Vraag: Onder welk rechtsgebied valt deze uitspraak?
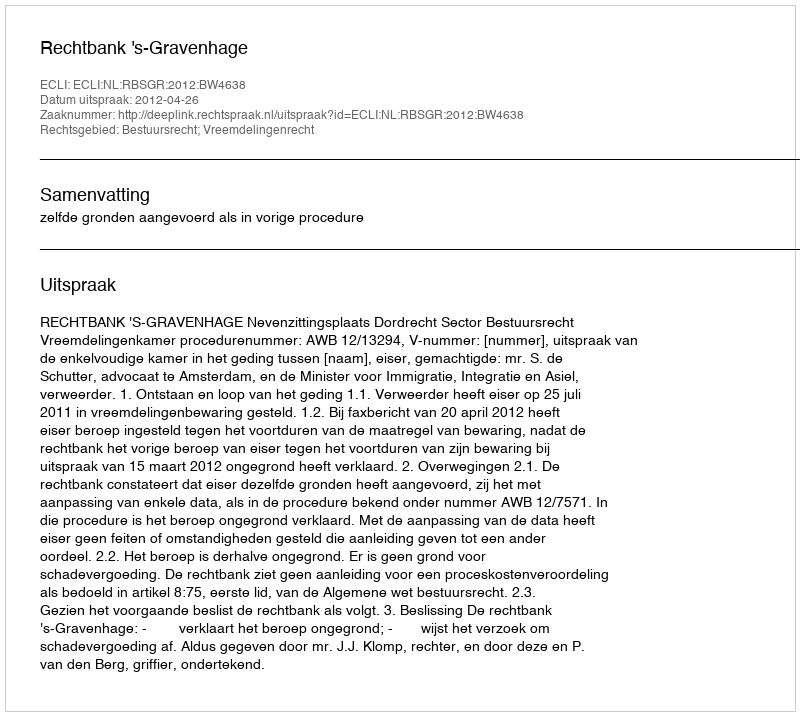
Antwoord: Bestuursrecht; Vreemdelingenrecht